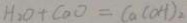
H _ { 2 } O + C a O = C a ( O H ) _ { 2 }